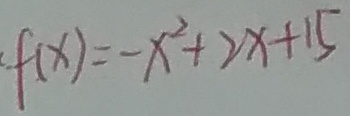
f ( x ) = - x ^ { 2 } + 2 x + 1 5